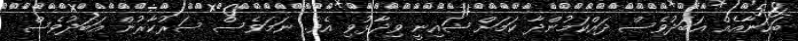
ބަހަނާއެއް އަބަދުވެސް ދައްކަމުންދާ ކަމަށް ޝައިނީ ވިދާޅުވި އެވެ. ނަމަވެސް ސަރުކާރުން އަބަދުވެސް